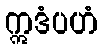
ဣဒံပဟံ